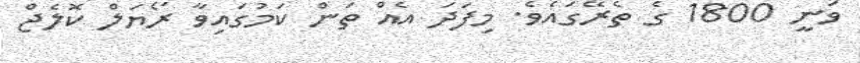
ވަނީ 1800 ގެ ތެރޭގައެވެ. މިފަދަ އެއް ތަން ކަމުގައިވާ ރޯޔަލް ކޮލެޖް